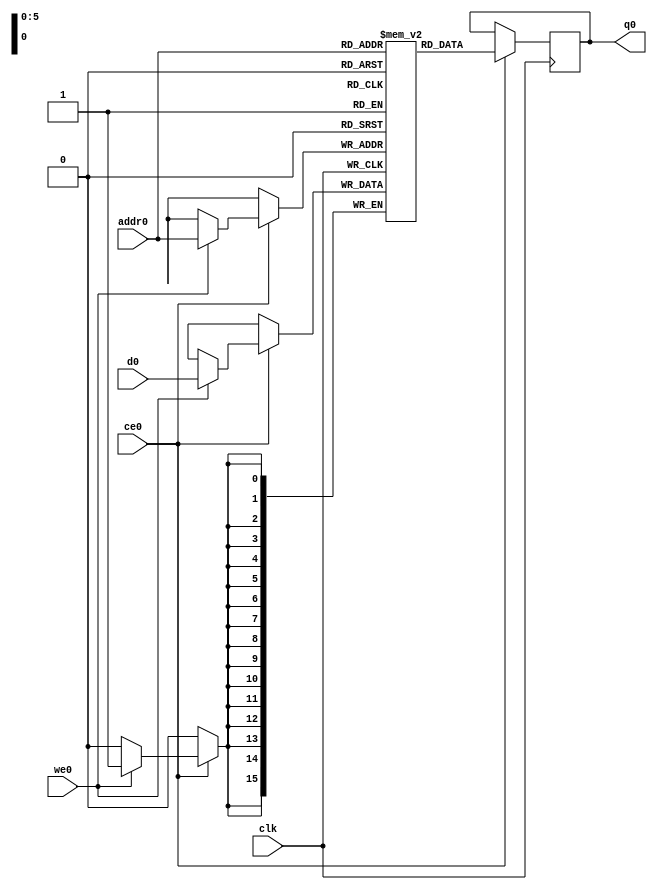
// ==============================================================
// Vivado(TM) HLS - High-Level Synthesis from C, C++ and SystemC v2019.2 (64-bit)
// Copyright 1986-2019 Xilinx, Inc. All Rights Reserved.
// ==============================================================
`timescale 1 ns / 1 ps
module conv_2d_cl_ss_ap_fixed_ap_fixed_16_4_5_3_0_config12_s_tmpwdI_ram (addr0, ce0, d0, we0, q0,  clk);

parameter DWIDTH = 16;
parameter AWIDTH = 6;
parameter MEM_SIZE = 64;

input[AWIDTH-1:0] addr0;
input ce0;
input[DWIDTH-1:0] d0;
input we0;
output reg[DWIDTH-1:0] q0;
input clk;

(* ram_style = "block" *)reg [DWIDTH-1:0] ram[0:MEM_SIZE-1];




always @(posedge clk)  
begin 
    if (ce0) begin
        if (we0) 
            ram[addr0] <= d0; 
        q0 <= ram[addr0];
    end
end


endmodule

`timescale 1 ns / 1 ps
module conv_2d_cl_ss_ap_fixed_ap_fixed_16_4_5_3_0_config12_s_tmpwdI(
    reset,
    clk,
    address0,
    ce0,
    we0,
    d0,
    q0);

parameter DataWidth = 32'd16;
parameter AddressRange = 32'd64;
parameter AddressWidth = 32'd6;
input reset;
input clk;
input[AddressWidth - 1:0] address0;
input ce0;
input we0;
input[DataWidth - 1:0] d0;
output[DataWidth - 1:0] q0;



conv_2d_cl_ss_ap_fixed_ap_fixed_16_4_5_3_0_config12_s_tmpwdI_ram conv_2d_cl_ss_ap_fixed_ap_fixed_16_4_5_3_0_config12_s_tmpwdI_ram_U(
    .clk( clk ),
    .addr0( address0 ),
    .ce0( ce0 ),
    .we0( we0 ),
    .d0( d0 ),
    .q0( q0 ));

endmodule